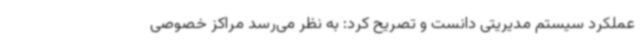
عملکرد سیستم مدیریتی دانست و تصریح کرد: به نظر می‌رسد مراکز خصوصی